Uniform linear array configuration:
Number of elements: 48
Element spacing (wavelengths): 0.5
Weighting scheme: blackman
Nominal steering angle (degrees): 30
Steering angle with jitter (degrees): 30.458
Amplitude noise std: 0.05
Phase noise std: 0.05

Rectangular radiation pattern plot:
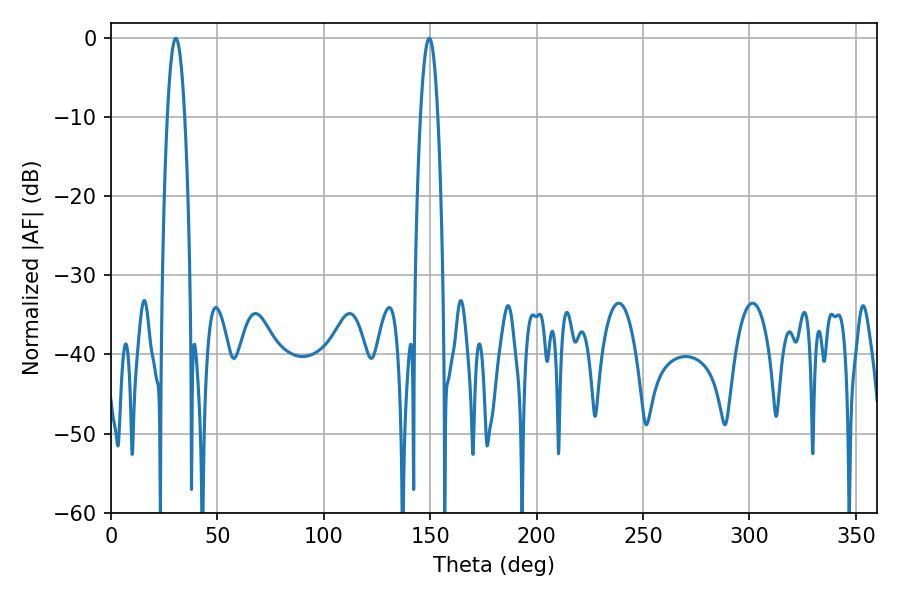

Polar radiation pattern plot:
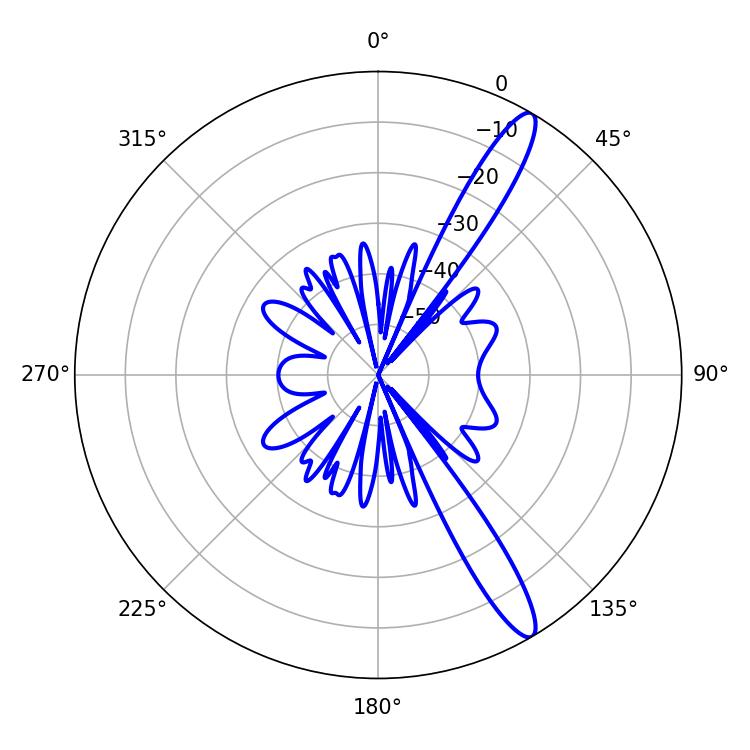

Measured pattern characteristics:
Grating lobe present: FALSE
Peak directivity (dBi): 13.66
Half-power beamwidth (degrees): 4.5
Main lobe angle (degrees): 30.42